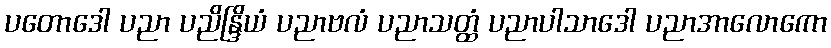
ပတောဒေါ ပညာ ပညိန္ဒြိယံ ပညာဗလံ ပညာသတ္ထံ ပညာပါသာဒေါ ပညာအာလောကော